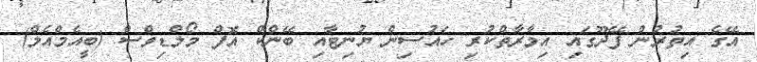
އޭގެ އިތުރުން ފޭދޫގައި އިމާރާތްކުރި ހައުސިން ޔުނިޓާއި ބޭންކް އޮފް މޯލްޑިވްސް (ބީއެމްއެލް)